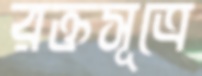
রক্তসূত্রে